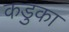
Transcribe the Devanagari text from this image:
कडुका